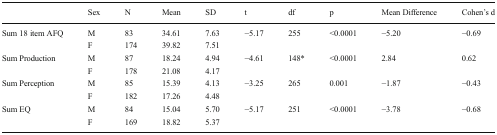
|  | Sex | N | Mean | SD | t | df | p | Mean Difference | Cohen’s d |
 | --- | --- | --- | --- | --- | --- | --- | --- | --- | --- |
 | <ROWSPAN=2> Sum 18 item AFQ | M | 83 | 34.61 | 7.63 | −5.17 | 255 | <0.0001 | −5.20 | −0.69 |
 | F | 174 | 39.82 | 7.51 |  |  |  |  |  |
 | <ROWSPAN=2> Sum Production | M | 87 | 18.24 | 4.94 | −4.61 | 148* | <0.0001 | 2.84 | 0.62 |
 | F | 178 | 21.08 | 4.17 |  |  |  |  |  |
 | <ROWSPAN=2> Sum Perception | M | 85 | 15.39 | 4.13 | −3.25 | 265 | 0.001 | −1.87 | −0.43 |
 | F | 182 | 17.26 | 4.48 |  |  |  |  |  |
 | <ROWSPAN=2> Sum EQ | M | 84 | 15.04 | 5.70 | −5.17 | 251 | <0.0001 | −3.78 | −0.68 |
 | F | 169 | 18.82 | 5.37 |  |  |  |  |  |